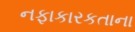
નફાકારકતાના